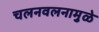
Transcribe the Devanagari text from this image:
चलनवलनामुळे